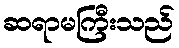
ဆရာမကြီးသည်